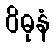
ဝိဓုနံ